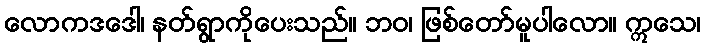
လောကဒဒေါ၊ နတ်ရွာကိုပေးသည်။ ဘဝ၊ ဖြစ်တော်မူပါလော။ ဣသေ၊